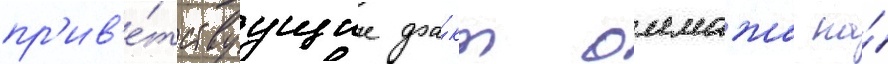
пр'ив'е́тствуущие фа́кт оммажа на́